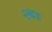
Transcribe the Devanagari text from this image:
२बड